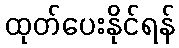
ထုတ်ပေးနိုင်ရန်